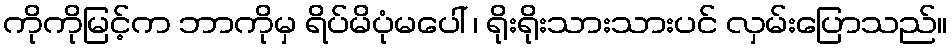
ကိုကိုမြင့်က ဘာကိုမှ ရိပ်မိပုံမပေါ် ၊ ရိုးရိုးသားသားပင် လှမ်းပြောသည်။